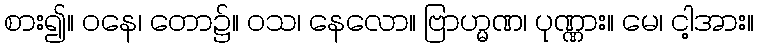
စား၍။ ဝနေ၊ တော၌။ ဝသ၊ နေလော။ ဗြာဟ္မဏ၊ ပုဏ္ဏား။ မေ၊ ငါ့အား။